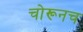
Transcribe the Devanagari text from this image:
चोरूनच